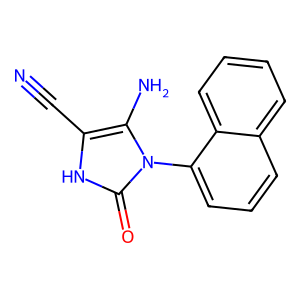
SMILES: N#Cc1[nH]c(=O)n(-c2cccc3ccccc23)c1N
Inhibits HIV replication: No